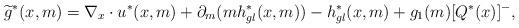
LaTeX: \begin{align*}\widetilde{g}^*(x,m) = \nabla_x \cdot u^*(x,m) + \partial_m(mh^*_{gl}(x,m)) - h^*_{gl}(x,m)+ g_{1}(m) [Q^*(x) ]^{-} ,\end{align*}